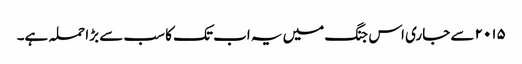
۲۰۱۵ سے جاری اس جنگ میں یہ اب تک کا سب سے بڑا حملہ ہے۔